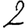
Digit: 2